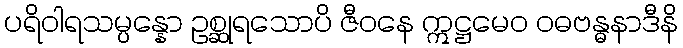
ပရိဝါရသမ္ပန္နော ဥစ္ဆုရသောပိ ဇီဝနေ ဣဋ္ဌမေဝ ဝဓဗန္ဓနာဒီနိ